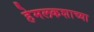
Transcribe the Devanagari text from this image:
हेमलकशाच्या